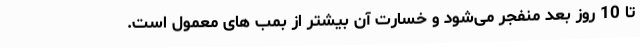
تا 10 روز بعد منفجر می‌شود و خسارت آن بیشتر از بمب های معمول است.